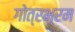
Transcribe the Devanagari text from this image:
गोत्रभ्रम